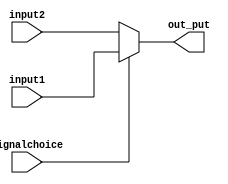
module mux(input1, input2, signalchoice, out_put);
	input wire [7:0] input1;
	input wire [7:0] input2;
	input wire signalchoice;
	output wire [7:0] out_put;
	
	assign out_put = (signalchoice) ? input1 : input2;
	
endmodule